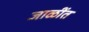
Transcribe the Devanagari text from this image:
जाळींत